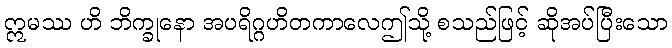
ဣမဿ ဟိ ဘိက္ခုနော အပရိဂ္ဂဟိတကာလေဤသို့ စသည်ဖြင့် ဆိုအပ်ပြီးသော